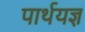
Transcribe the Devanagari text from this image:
पार्थयज्ञ